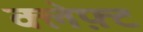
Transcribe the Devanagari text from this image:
क्लेफ़्ट